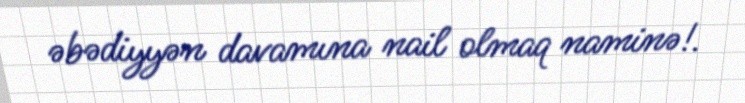
əbədiyyən davamına nail olmaq naminə!.